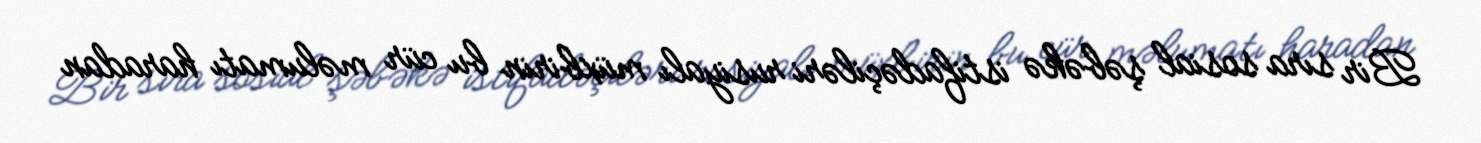
Bir sıra sosial şəbəkə istifadəçiləri rusiyalı müxbirin bu cür məlumatı haradan